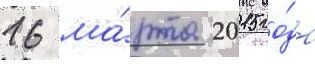
16 ма́рта 2015 го́да